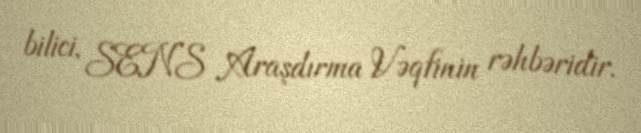
bilici, SENS Araşdırma Vəqfinin rəhbəridir.